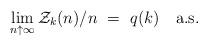
LaTeX: \begin{align*}\lim_{n\uparrow\infty}\mathcal{Z}_k(n)/n \ =\ q(k) \ \ \ {\rm a.s.}\end{align*}